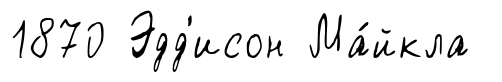
1870 Эдд'исон Ма́йкла